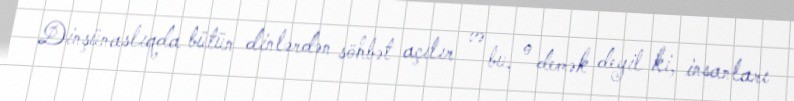
Dinşünaslıqda bütün dinlərdən söhbət açılır və bu, o demək deyil ki, insanları